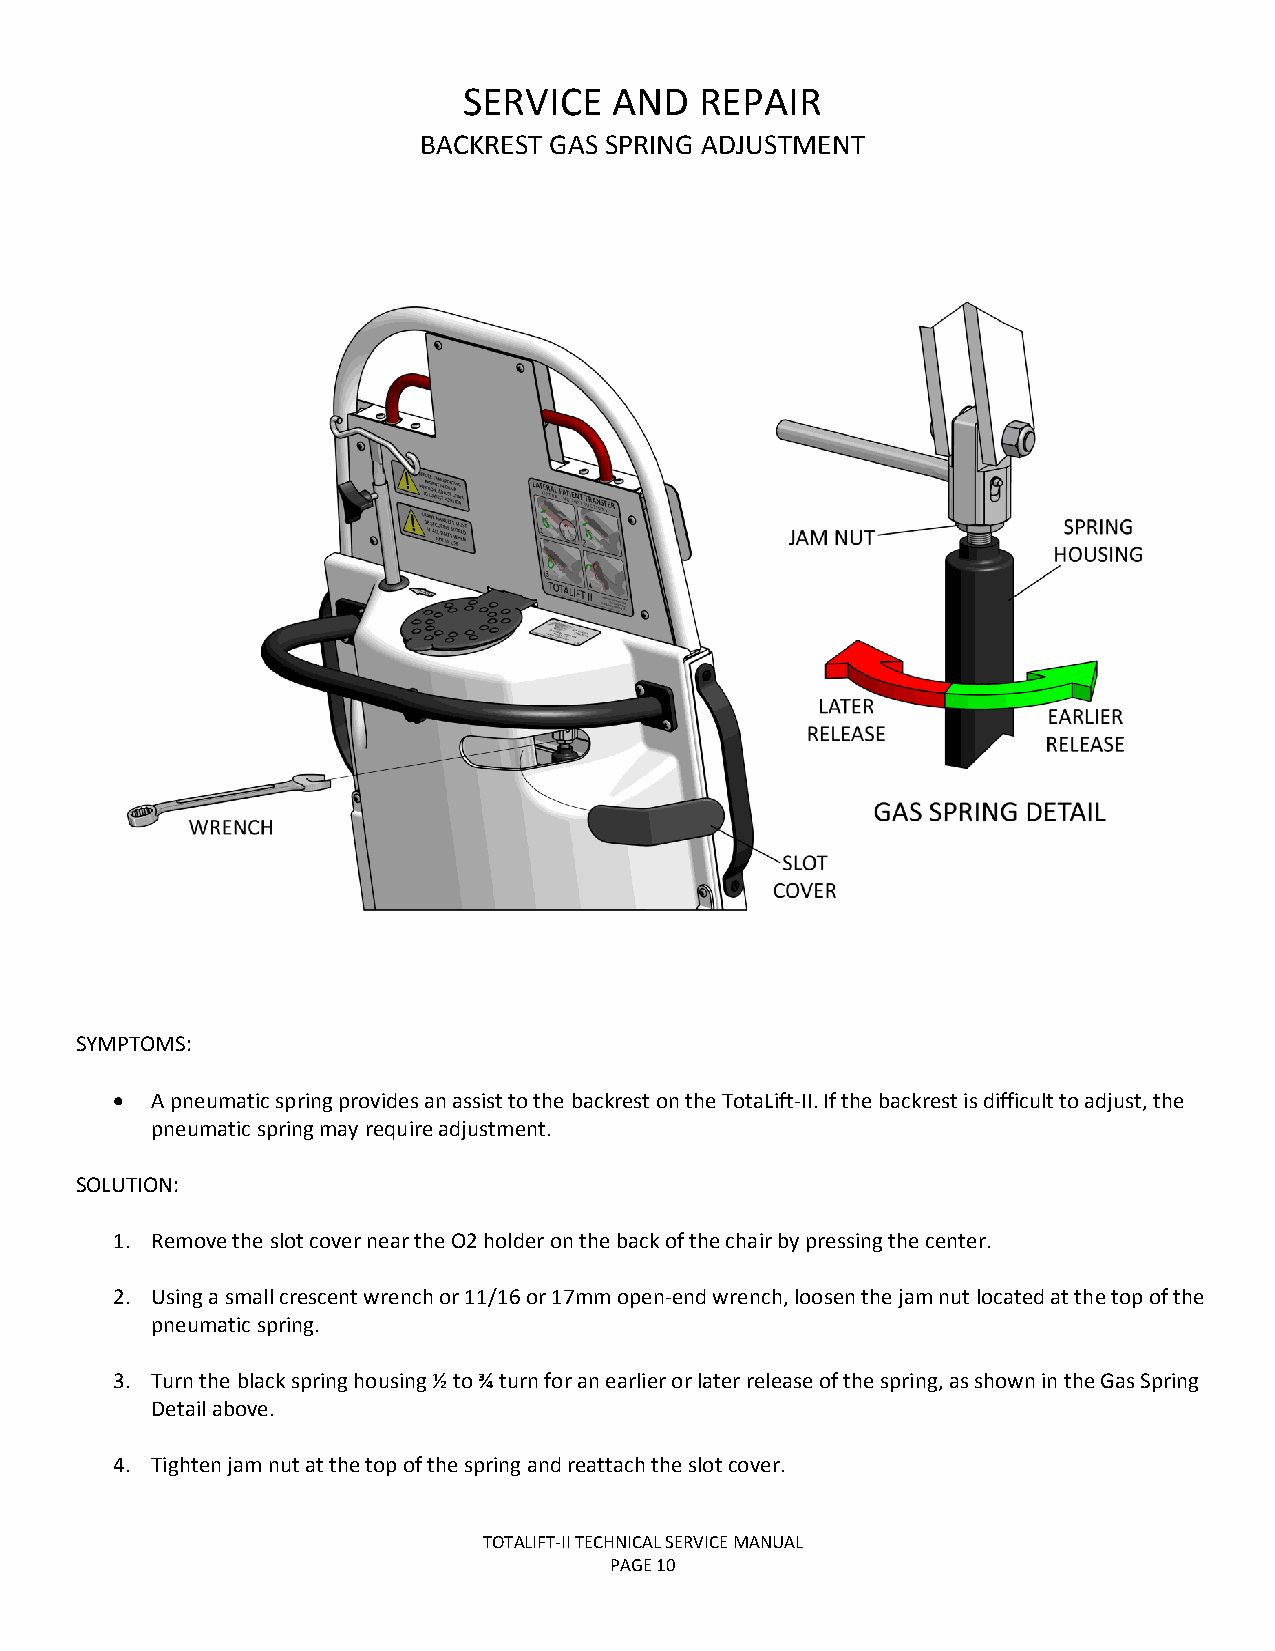
SERVICE   AND  REPAIR
 BACKREST GAS SPRING ADJUSTMENT
 SYMPTOMS:
 • A pneumatic spring provides an assist to the backrest on the TotaLift-II. If the backrest is difficult to adjust, the
 pneumatic spring may require adjustment.
 SOLUTION:
 1. Remove the slot cover near the O2 holder on the back of the chair by pressing the center.
 2. Using a small crescent wrench or 11/16 or 17mm open-end wrench, loosen the jam nut located at the top of the
 pneumatic spring.
 3. Turn the black spring housing ½ to ¾ turn for an earlier or later release of the spring, as shown in the Gas Spring
 Detail above.
 4. Tighten jam nut at the top of the spring and reattach the slot cover.
 TOTALIFT-II TECHNICAL SERVICE MANUAL
 PAGE 10